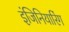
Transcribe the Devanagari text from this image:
इंजिनियारिंग